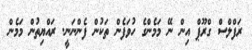
ރަފްލްސް ގްރޫޕް އިން ނޭ މަމެންގެ ހުވަފެން ތަކުން ފެންނަނީ. ރައްޔިތުން މަމެެން